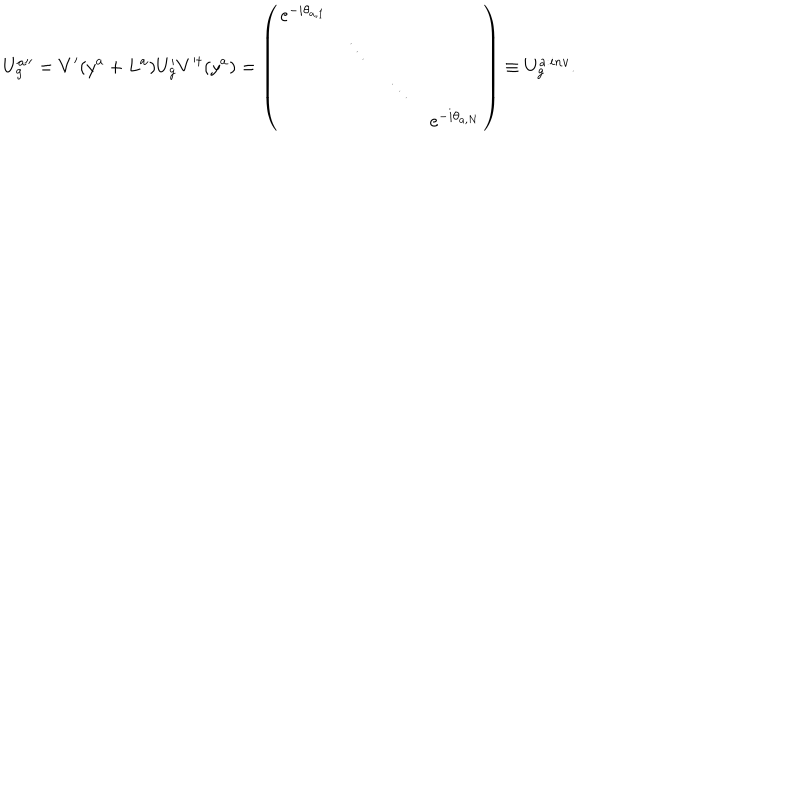
LaTeX: U _ { g } ^ { a \prime \prime } = V ^ { \prime } ( y ^ { a } + L ^ { a } ) U _ { g } ^ { \prime } V ^ { \prime \dagger } ( y ^ { a } ) = \left( \begin{array} { c c c c } { { \mathrm { e } ^ { - i \theta _ { a , 1 } } } } & { { } } & { { } } & { { } } \\ { { } } & { { \ddots } } & { { } } & { { } } \\ { { } } & { { } } & { { \ddots } } & { { } } \\ { { } } & { { } } & { { } } & { { \mathrm { e } ^ { - i \theta _ { a , N } } } } \\ \end{array} \right) \equiv U _ { g } ^ { a : i n v } .